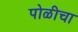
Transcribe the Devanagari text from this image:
पोळीचा